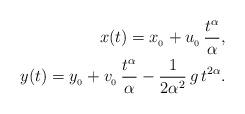
LaTeX: \begin{align*}x(t) = x_{_0}+u_{_0}\, \frac{t^\alpha}{\alpha},\\y(t) = y_{_0} + v_{_0}\, \frac{t^\alpha}{\alpha} - \frac{1}{2\alpha^2}\, g\, t^{2\alpha}.\end{align*}